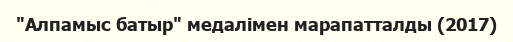
"Алпамыс батыр" медалімен марапатталды (2017)